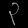
Digit: ၃